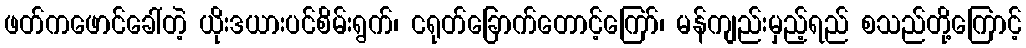
ဖတ်ကဖောင်ခေါ်တဲ့ ယိုးဒယားပင်စိမ်းရွက်၊ ငရုတ်ခြောက်တောင့်ကြော်၊ မန်ကျည်းမှည့်ရည် စသည်တို့ကြောင့်